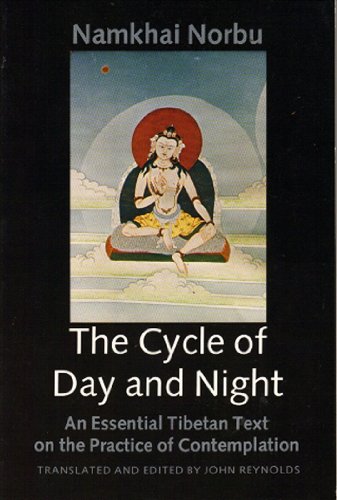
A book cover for Cycle of Day and Night; Namkhai Norbu; Religion & Spirituality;